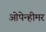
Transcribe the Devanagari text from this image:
ओपेन्हीमर